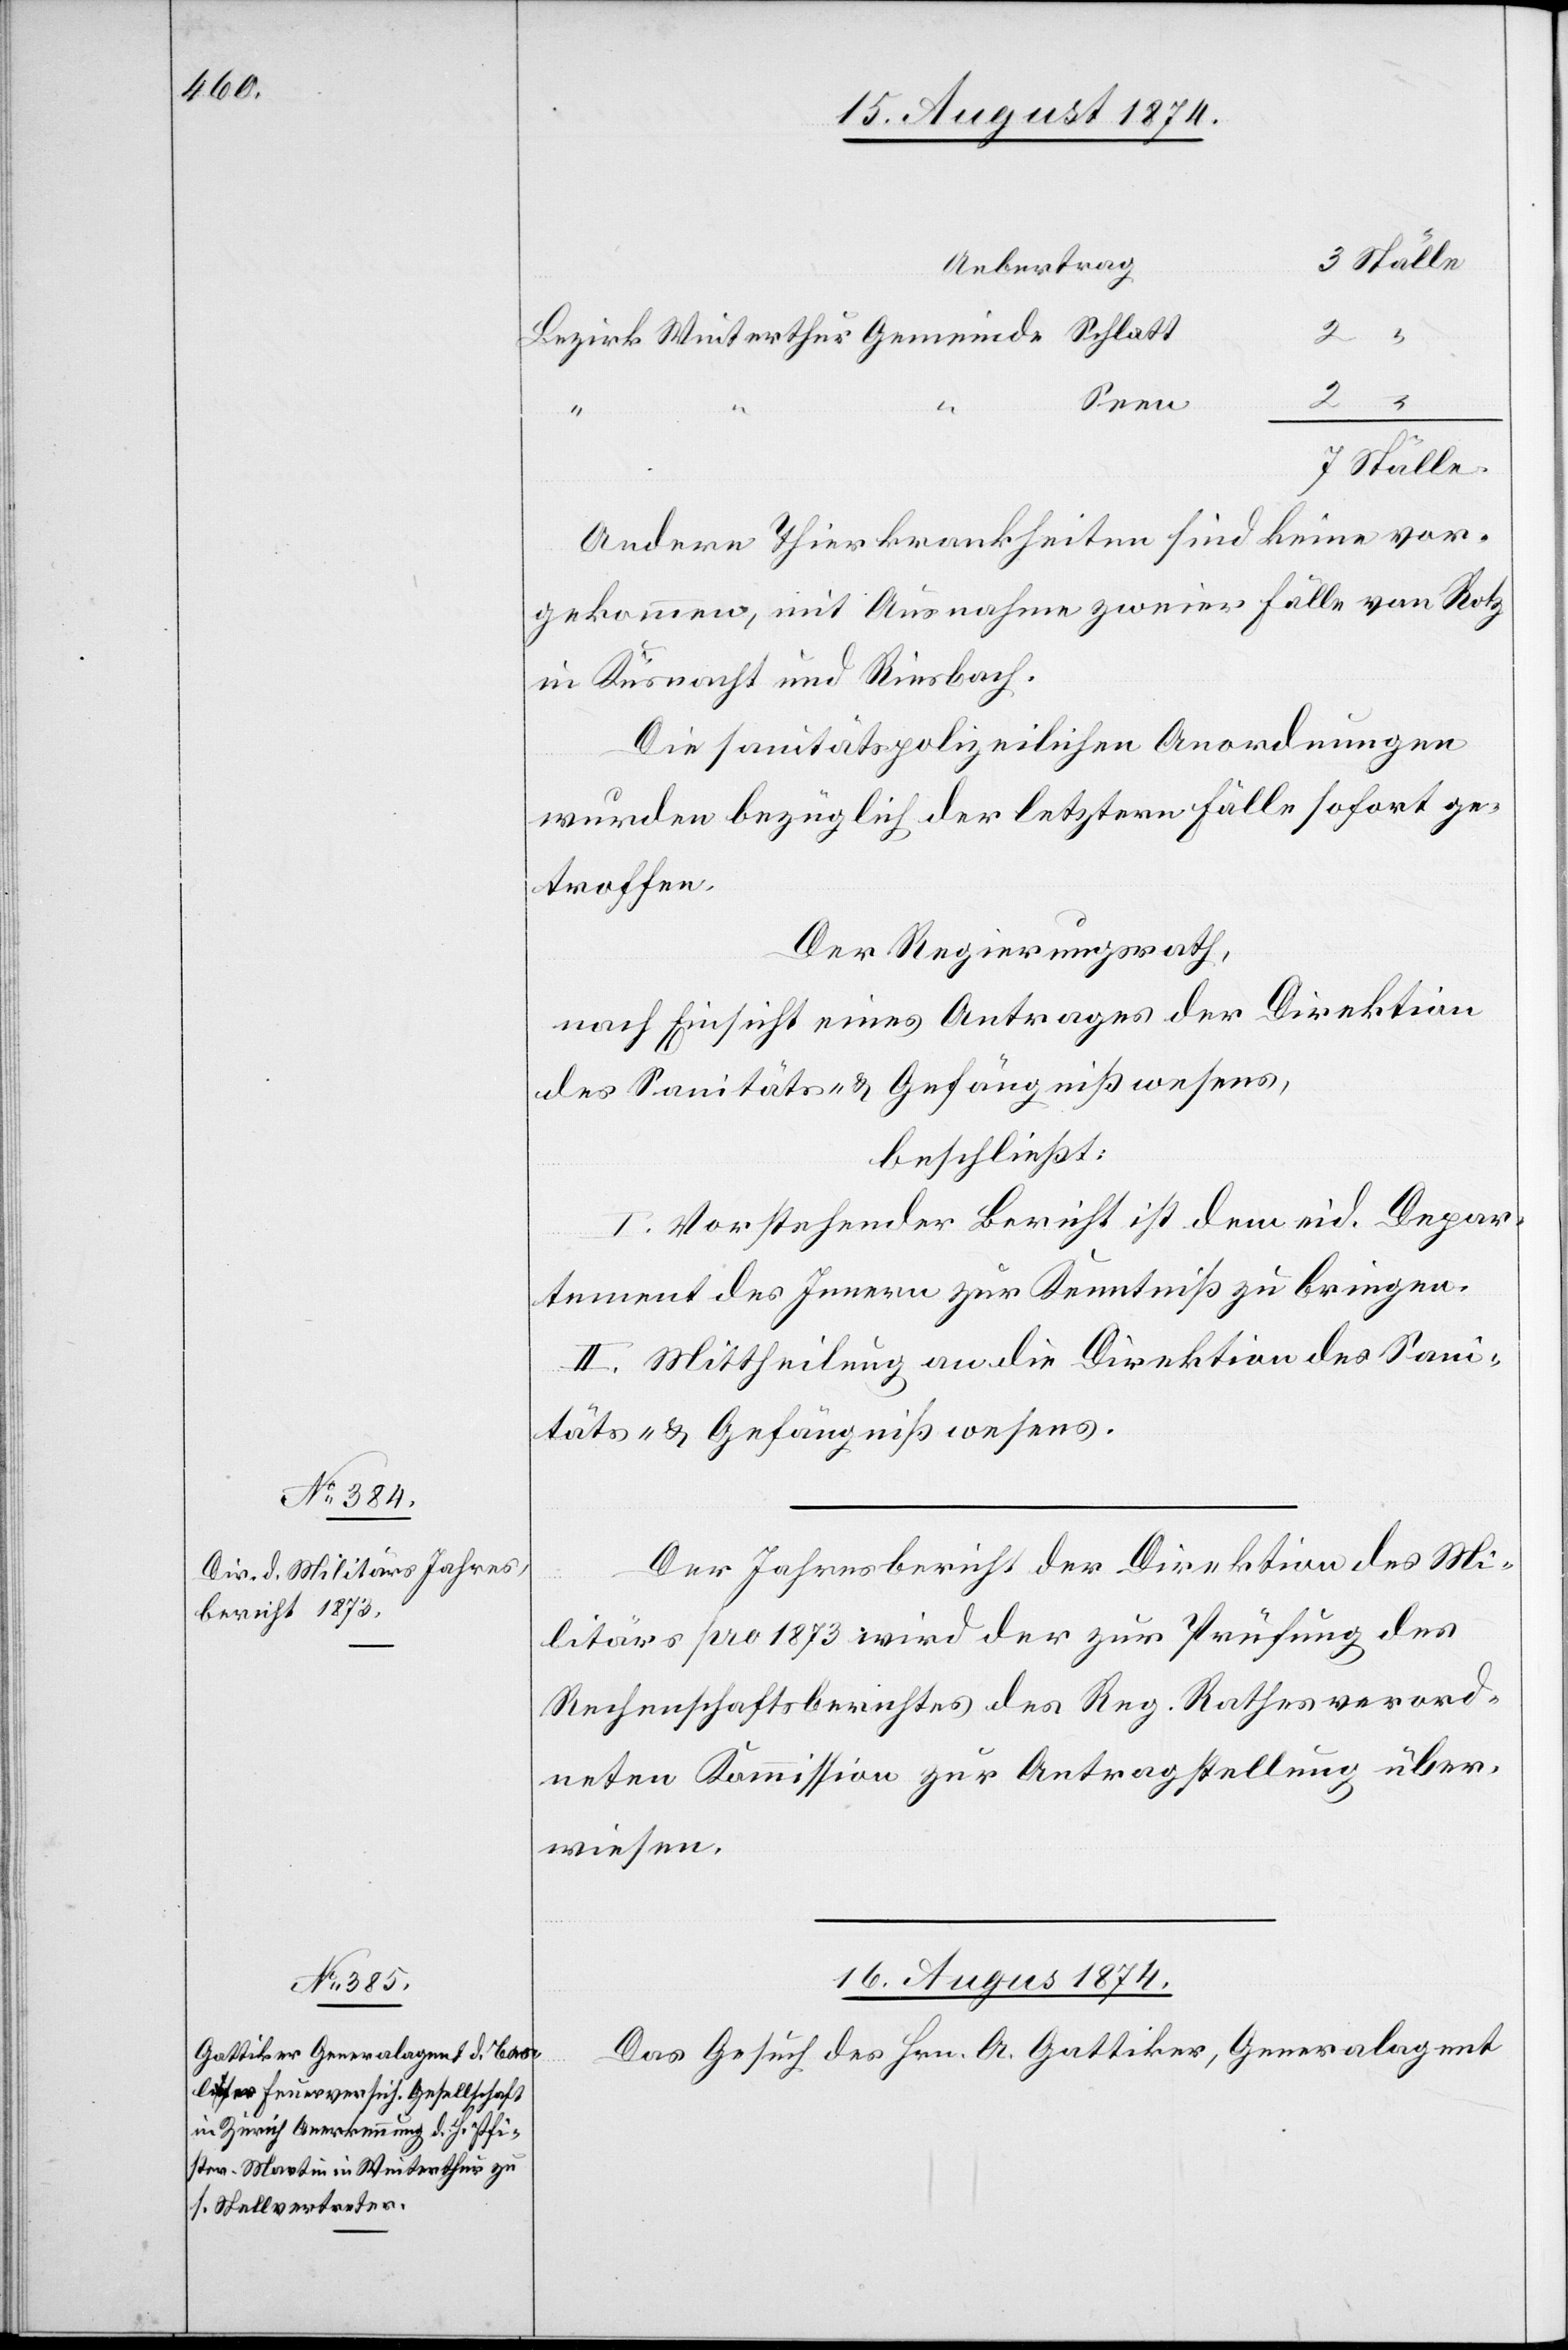
16. August 1874.
Ställe
Uebertrag
Seen
2
“
Ställe
Andere Thierkrankheiten sind keine vor¬
gekommen, mit Ausnahme zweier Fälle von Rotz
in Küsnacht und Riesbach.
Die sanitätspolizeilichen Anordnungen
wurden bezüglich der letztern Fälle sofort ge¬
troffen.
Der Regierungsrath,
nach Einsicht eines Antrages der Direktion
des Sanitäts- u. Gefängnißwesens,
beschließt:
I. Vorstehender Bericht ist dem eid. Depar¬
“
tement des Innern zur Kenntniß zu bringen.
II. Mittheilung an die Direktion des Sani¬
täts- u. Gefängnißwesens.
Der Jahrresbericht der Direktion des Mi¬
litärs pro 1873 wird der zur Prüfung des
Rechenschaftsberichtes des Reg. Rathes verord¬
neten Kommission zur Antragstellung über¬
wiesen.
Das Gesuch des Hrn. A. Gattiker, Generalagent